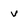
Character: v